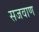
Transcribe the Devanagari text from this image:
सजवाण